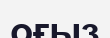
оғыз